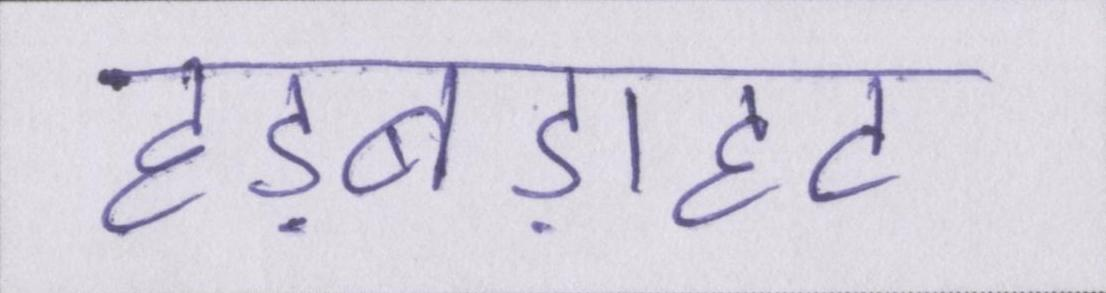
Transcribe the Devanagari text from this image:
हड़बड़ाहट